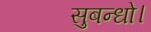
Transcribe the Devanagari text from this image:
सुबन्‍धो।